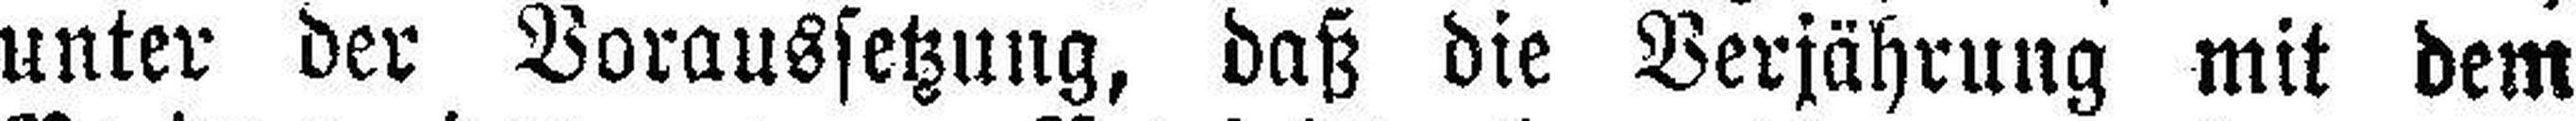
unter der Voraussetzung, daß die Verjährung mit dem